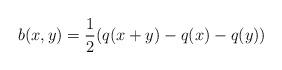
LaTeX: \begin{align*}b(x,y)=\frac{1}{2}(q(x+y)-q(x)-q(y))\end{align*}